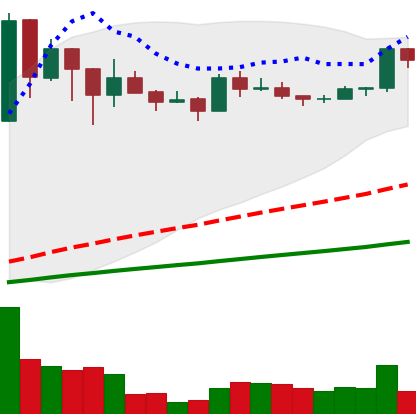
Ticker: BNB-USD
Chart end date: 2021-03-10
Forward return: -8.841%
Label: down_7plus